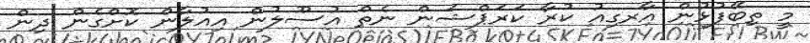
މީ ތިބޭފުޅުން އާރގިއު ކުރާ ކަރަޕްޝަން ނެތް އުސޫލުން އިއުލާން ކޮށްގެން ދިން